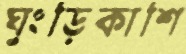
ঘুংড়িকাশি